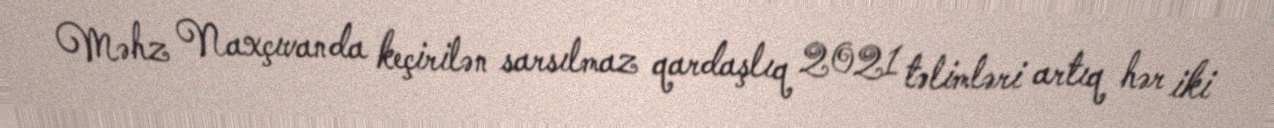
Məhz Naxçıvanda keçirilən sarsılmaz qardaşlıq 2021 təlimləri artıq hər iki